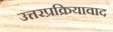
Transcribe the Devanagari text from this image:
उत्तरप्रक्रियावाद